Sketch of the medical history of the native army of Bombay, for the year
Year: 1872
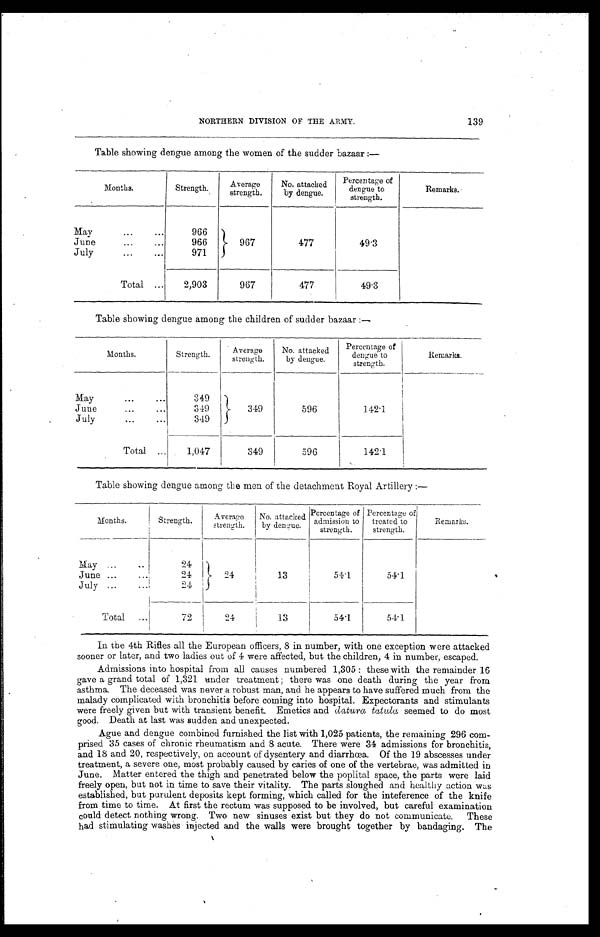
139
NORTHERN DIVISION OF THE ARMY.
Table showing dengue among the women of the sudder bazaar:—
Months.
Strength.
Average
strength.
No. attacked
by dengue.
Percentage of
dengue to
strength.
Remarks.
May . .
966
967
477
49.3
June . . .
966
July . . .
971
Total . . .
2,903
967
477
49.3
Table showing dengue among the children of sudder bazaar:—
Months.
Strength.
Average
strength.
No. attacked
by dengue.
Percentage of
dengue to
strength.
Remarks.
May . . .
349
349
596
142.1
June . . .
349
July . . .
349
Total . . .
1,047
349
596
142.1
Table showing dengue among the men of the detachment Royal Artillery:—
Months.
Strength.
Average
strength.
No. attacked
by dengue.
Percentage of
admission to
strength.
Percentage of
treated to
strength.
Remarks.
May . . .
24
24
13
54.1
54.1
June . . .
2 4
July . . .
24
T o t a l . . .
72
2 4
1 3
54.1
54.1
In the 4th Rifles all the European officers, 8 in number, with one exception were attacked
sooner or later, and two ladies out of 4 were affected, but the children, 4 in number, escaped.
Admissions into hospital from all causes numbered 1,305: these with the remainder 16
gave a grand total of 1,321 under treatment; there was one death during the year from
asthma. The deceased was never a robust man, and he appears to have suffered much from the
malady complicated with bronchitis before coming into hospital. Expectorants and stimulants
were freely given but with transient benefit. Emetics and datura tatula seemed to do most
good. Death at last was sudden and unexpected.
Ague and dengue combined furnished the list with 1,025 patients, the remaining 296 com
- p r i s e d 3 5 c a s e s o f c h r o n i c r h e u m a t i s m a n d 8 a c u t e . T h e r e w e r e 3 4 a d m i s s i o n s f o r b r o n c h i t i s ,
and 18 and 20, respectively, on account of dysentery and diarrhœa. Of the 19 abscesses under
treatment, a severe one, most probably caused by caries of one of the vertebrae, was admitted in
June. Matter entered the thigh and penetrated below the poplital space, the parts were laid
freely open, but not in time to save their vitality. The parts sloughed and healthy action was
established, but purulent deposits kept forming, which called for the inteference of the knife
from time to time. At first the rectum was supposed to be involved, but careful examination
could detect nothing wrong. Two new sinuses exist but they do not communicate. These
had stimulating washes injected and the walls were brought together by bandaging. The